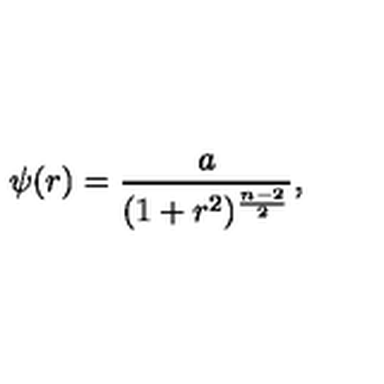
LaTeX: \psi ( r ) = { \frac { a } { ( 1 + r ^ { 2 } ) ^ { \frac { n - 2 } { 2 } } } } ,